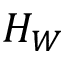
H _ { W }